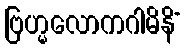
ဗြဟ္မလောကဂါမိနိံ